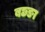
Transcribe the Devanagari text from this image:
बछङा